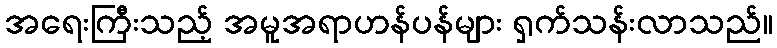
အရေးကြီးသည့် အမူအရာဟန်ပန်များ ရှက်သန်းလာသည်။